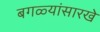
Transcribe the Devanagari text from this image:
बगळ्यांसारखे